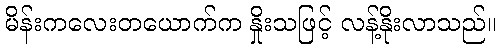
မိန်းကလေးတယောက်က နှိုးသဖြင့် လန့်နိုးလာသည်။